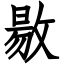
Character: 敭